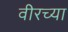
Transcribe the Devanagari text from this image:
वीरच्या